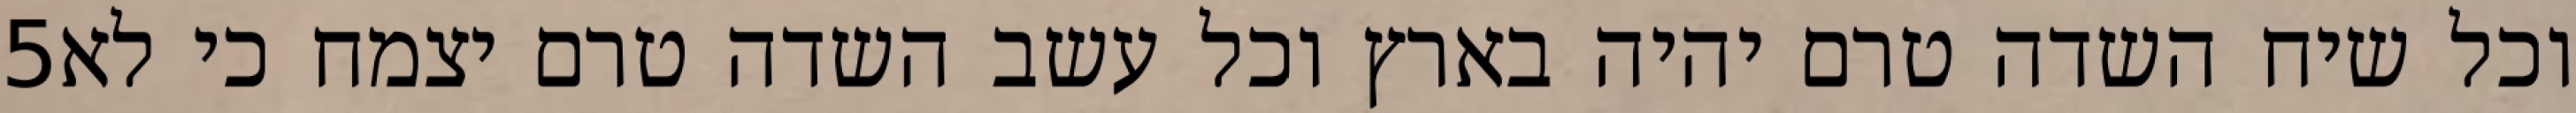
‎5‏ וכל שיח השדה טרם יהיה בארץ וכל עשב השדה טרם יצמח כי לא